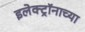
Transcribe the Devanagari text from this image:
इलेक्ट्रॉनाच्या